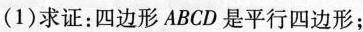
(1)求证：四边形ABCD是平行四边形；